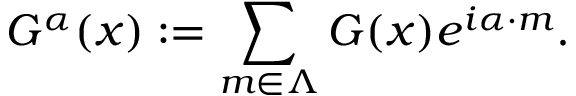
G ^ { \alpha } ( x ) : = \sum _ { m \in \Lambda } G ( x ) e ^ { i \alpha \cdot m } .